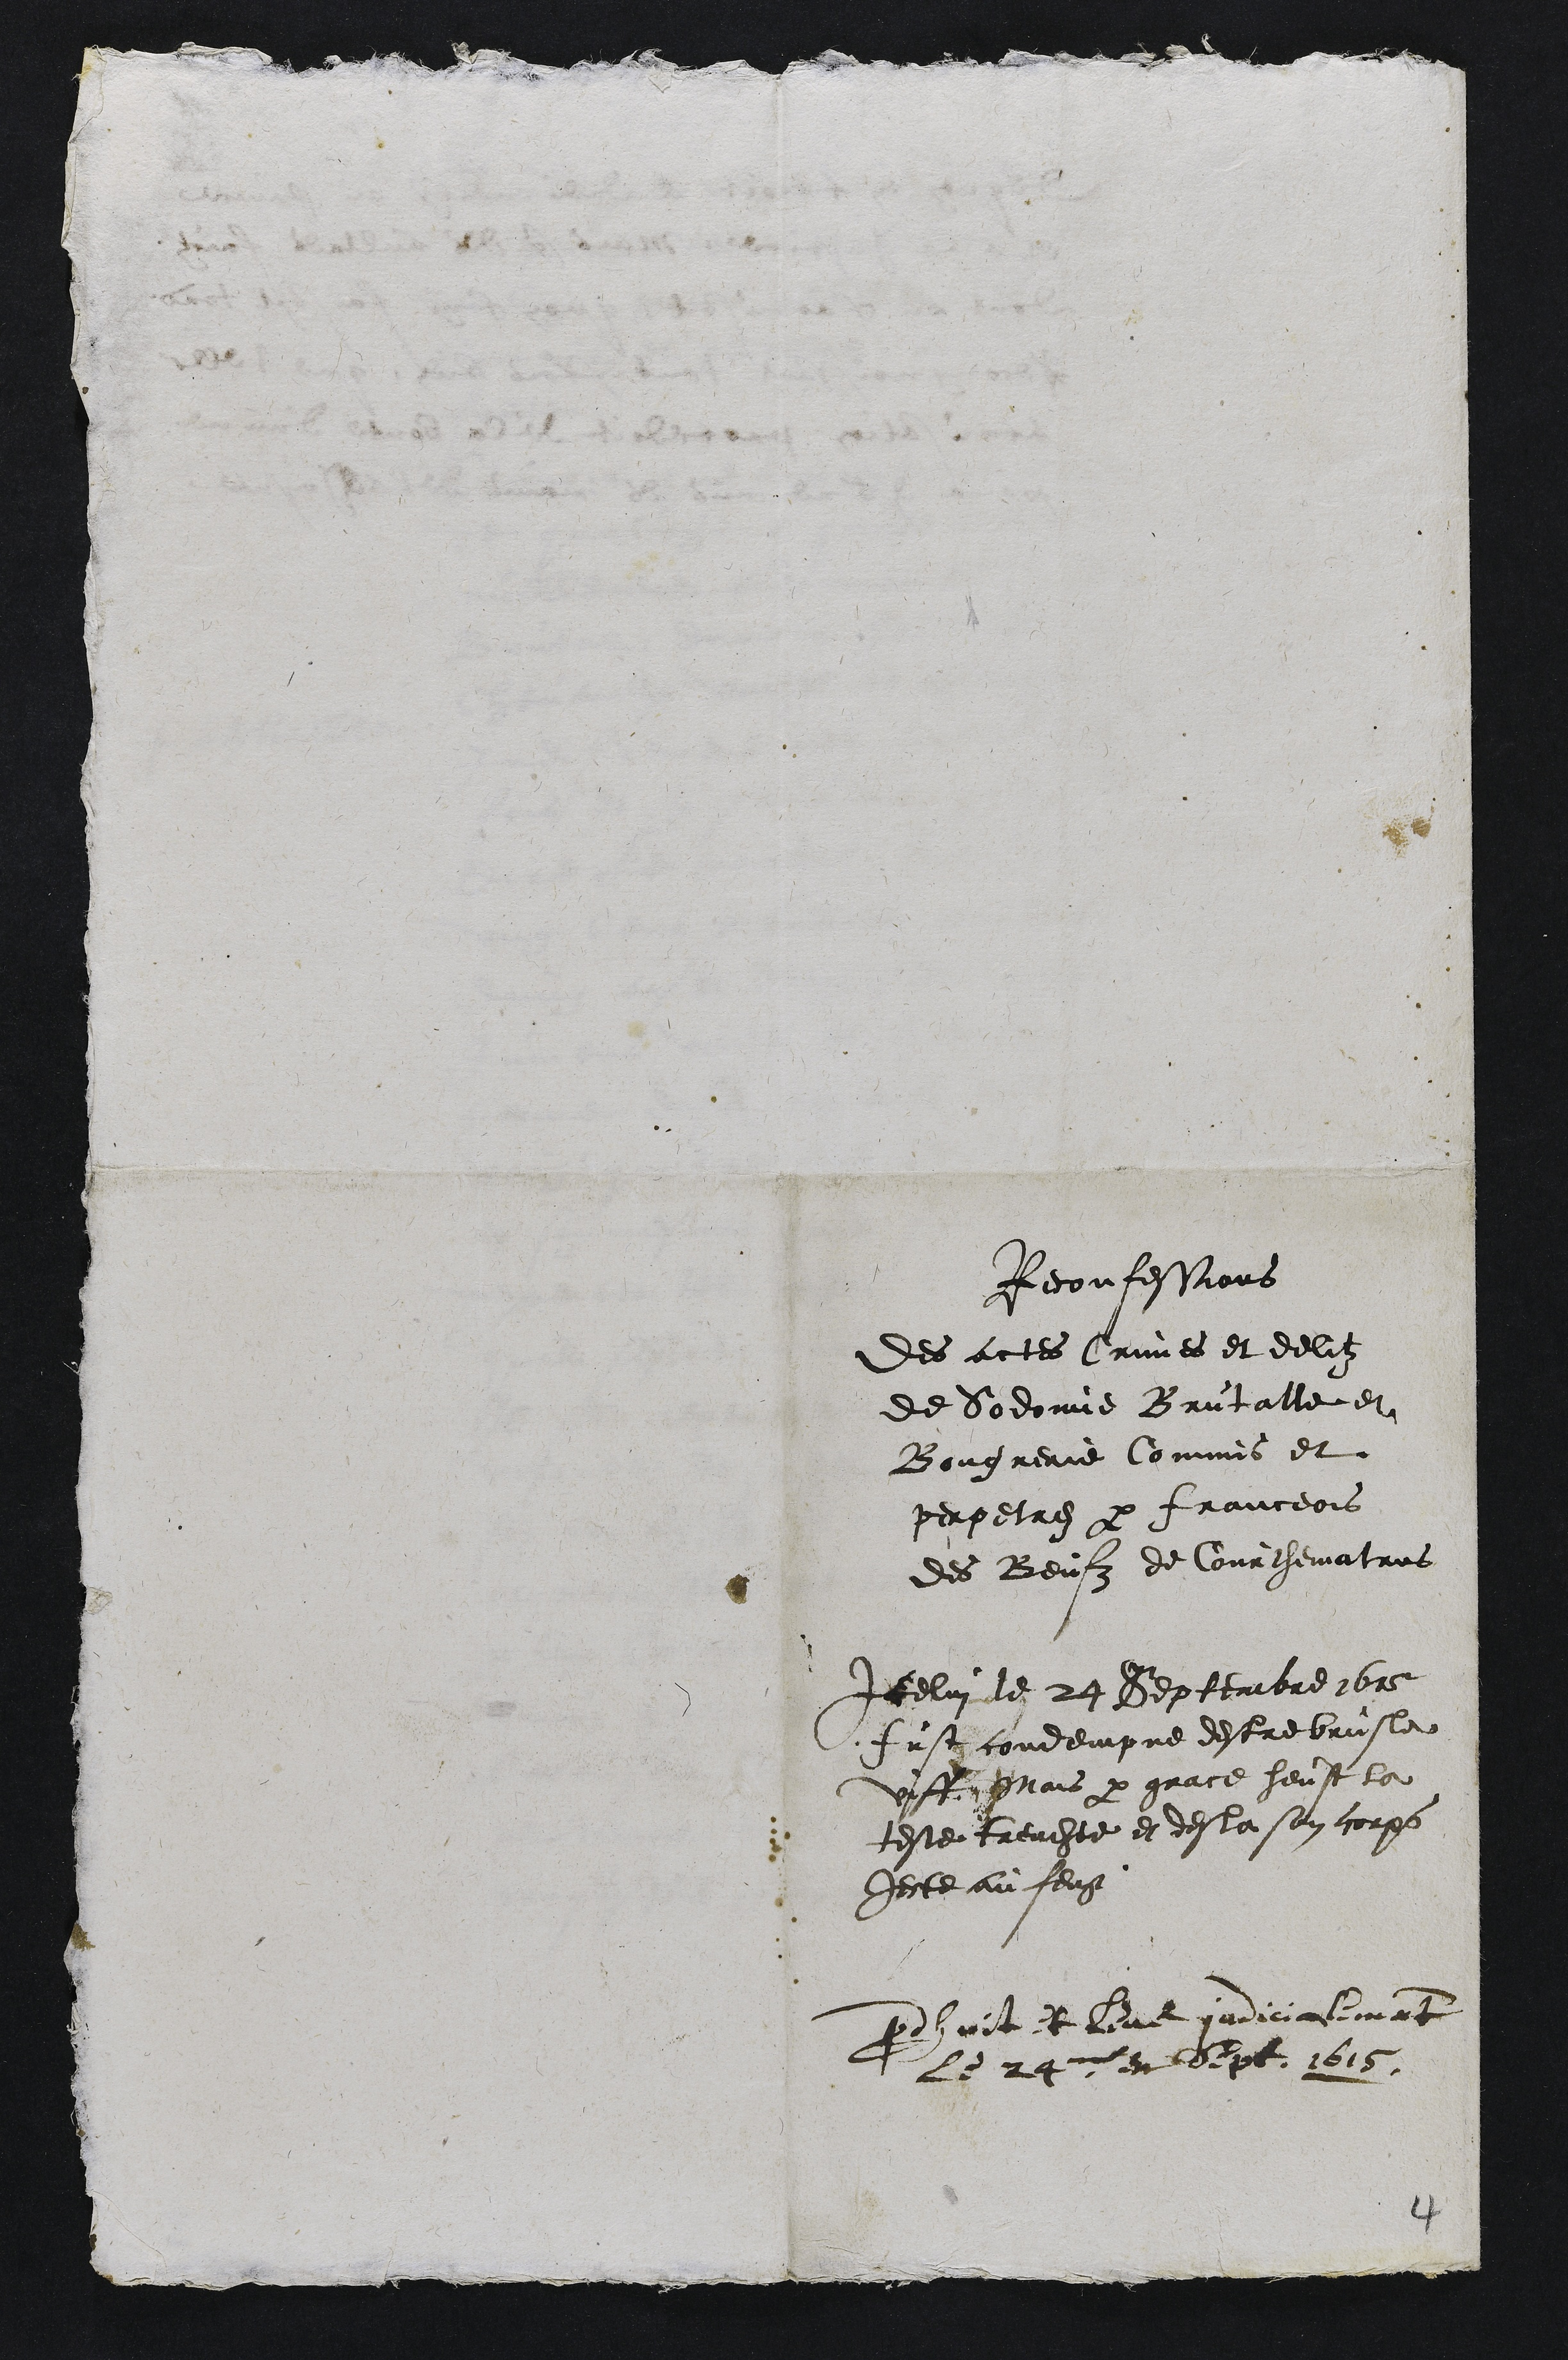
Reconfessions
Des actes Crimes et delitz
de Sodomie Brutalle et
Bougrerie Commis et
perpetrez par franceois
des Beufz de Courthematrus
Icelui le 24 Septembre 1615
fust condempne destre brusle
viff Mais par grace heust la
teste trenchee et desla son corps
jecte au feug
prodhuit et leue judicialement
Le 24me de sept. 1615